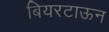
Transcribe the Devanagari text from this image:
बियरटाऊन